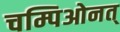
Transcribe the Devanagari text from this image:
चम्पिओनत्